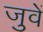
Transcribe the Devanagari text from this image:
जुवें